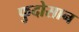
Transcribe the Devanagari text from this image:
फुदोसान